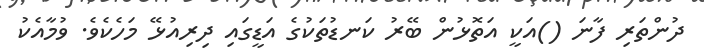
ދުންތަރި ފާނަ ()އަކީ އަތޮޅުން ބޭރު ކަނޑުތަކުގެ އަޑީގައި ދިރިއުޅޭ މަހެކެވެ. ވުމާއެކު